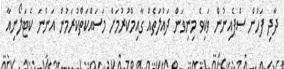
ދާދި ފަހުން ސްޕެއިނުން ވަކިވެ މިނިވަން ދައުލަތެއް ގާއިމްކުރުމަށް މަސައްކަތްކުރަމުން އަންނަ ކެޓަލޯނިއާ